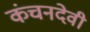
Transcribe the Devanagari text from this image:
कंचनदेवी